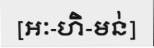
[អៈ-ហិ-មន់]